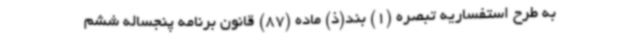
به طرح استفساریه تبصره (1) بند(ذ) ماده (87) قانون برنامه پنجساله ششم